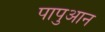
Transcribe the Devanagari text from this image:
पापुआन